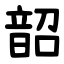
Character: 韶